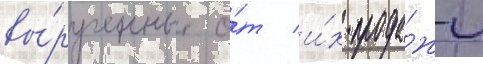
вы́рученные о́т и́х прода́жи